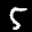
Label: 5